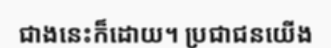
ជាងនេះក៏ដោយ។ ប្រជាជនយើង